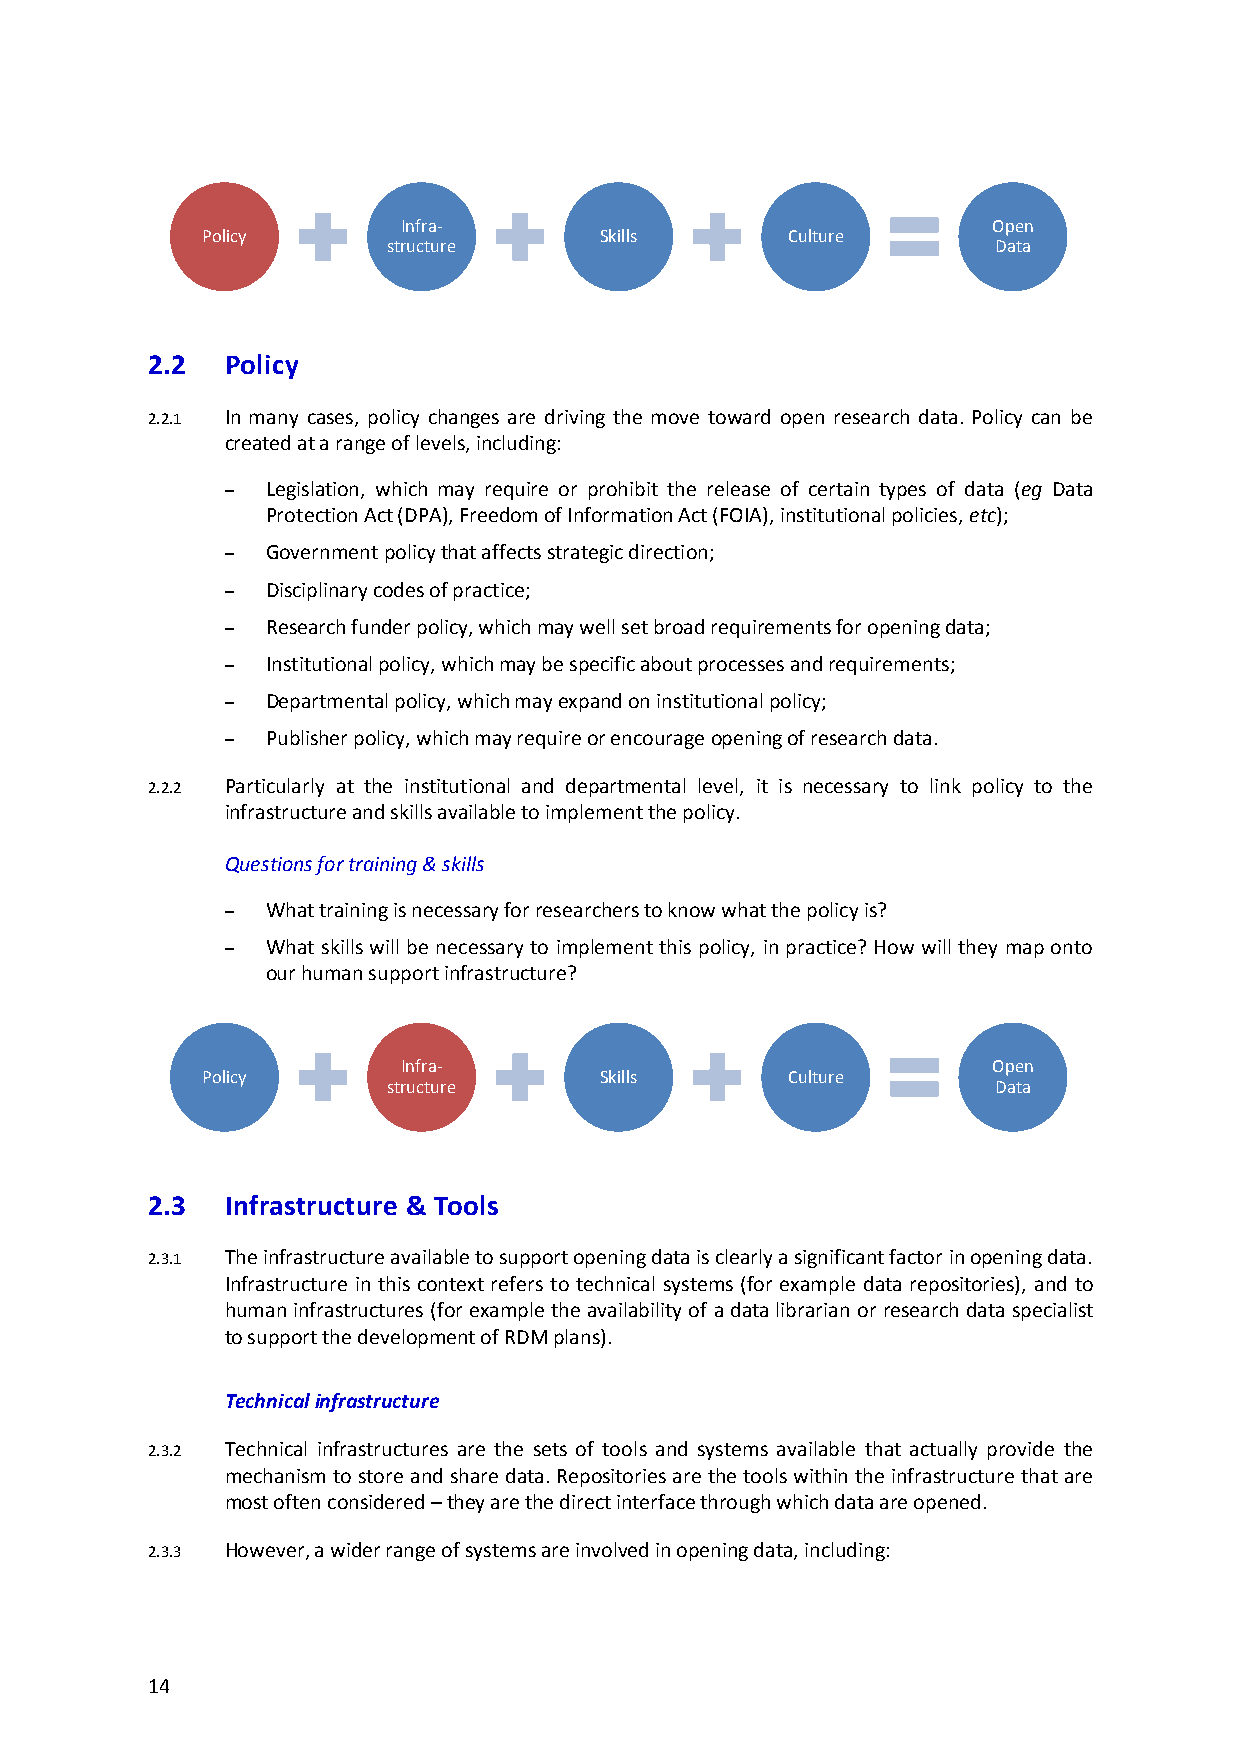
Infra-                                 Open
 Policy                     Skills      Culture
 structure                               Data
 2.2  Policy
 2.2.1 In many cases, policy changes are driving the move toward open research data. Policy can be
 created at a range of levels, including:
 –  Legislation, which may require or prohibit the release of certain types of data (eg Data
 Protection Act (DPA), Freedom of Information Act (FOIA), institutional policies, etc);
 –  Government policy that affects strategic direction;
 –  Disciplinary codes of practice;
 –  Research funder policy, which may well set broad requirements for opening data;
 –  Institutional policy, which may be specific about processes and requirements;
 –  Departmental policy, which may expand on institutional policy;
 –  Publisher policy, which may require or encourage opening of research data.
 2.2.2 Particularly at the institutional and departmental level, it is necessary to link policy to the
 infrastructure and skills available to implement the policy.
 Questions for training & skills
 –  What training is necessary for researchers to know what the policy is?
 –  What skills will be necessary to implement this policy, in practice? How will they map onto
 our human support infrastructure?
 Infra-                                 Open
 Policy                     Skills      Culture
 structure                               Data
 2.3  Infrastructure & Tools
 2.3.1 The infrastructure available to support opening data is clearly a significant factor in opening data.
 Infrastructure in this context refers to technical systems (for example data repositories), and to
 human infrastructures (for example the availability of a data librarian or research data specialist
 to support the development of RDM plans).
 Technical infrastructure
 2.3.2 Technical infrastructures are the sets of tools and systems available that actually provide the
 mechanism to store and share data. Repositories are the tools within the infrastructure that are
 most often considered – they are the direct interface through which data are opened.
 2.3.3 However, a wider range of systems are involved in opening data, including:
 14